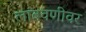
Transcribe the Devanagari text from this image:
लांबवणीवर